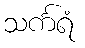
သင်္ကရံ